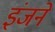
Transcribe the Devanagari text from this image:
इंजने